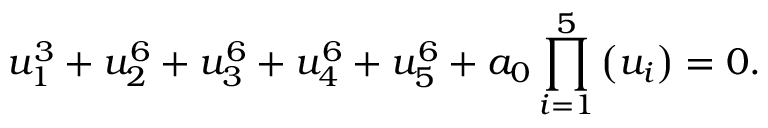
u _ { 1 } ^ { 3 } + u _ { 2 } ^ { 6 } + u _ { 3 } ^ { 6 } + u _ { 4 } ^ { 6 } + u _ { 5 } ^ { 6 } + a _ { 0 } \prod _ { i = 1 } ^ { 5 } \left( u _ { i } \right) = 0 .